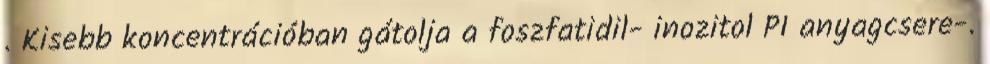
. Kisebb koncentrációban gátolja a foszfatidil- inozitol PI anyagcsere-.